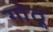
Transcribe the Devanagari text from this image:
गोठू